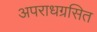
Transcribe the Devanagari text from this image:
अपराधग्रसित